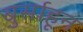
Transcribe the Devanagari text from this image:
बुर्साहून